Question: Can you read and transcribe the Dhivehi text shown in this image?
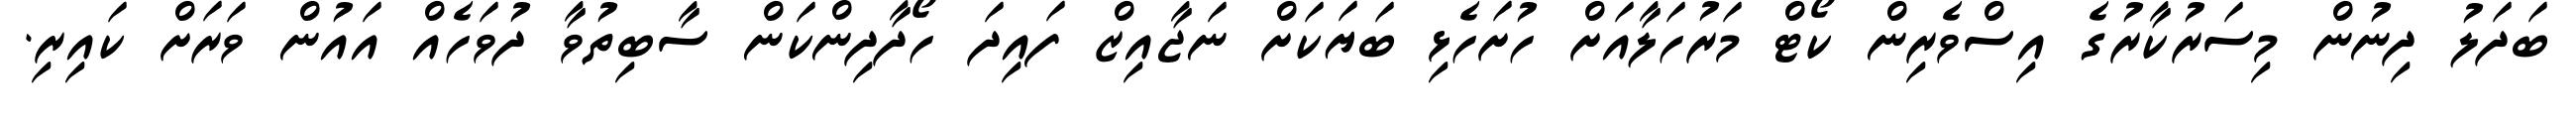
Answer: ބަދަލު ދިނުން މިސަރުކާރުގެ އިސްވެރިން ކޯޓް މަރުހަލާއަށް ހުށަހެޅި ބަޔަކަށް ނަޖާއިޒް ފައިދަ ހޯދާދިންކަން ސާބިތުވާ ދުވަހެއް އައުން ވަރަށް ކައިރި.